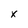
Character: x